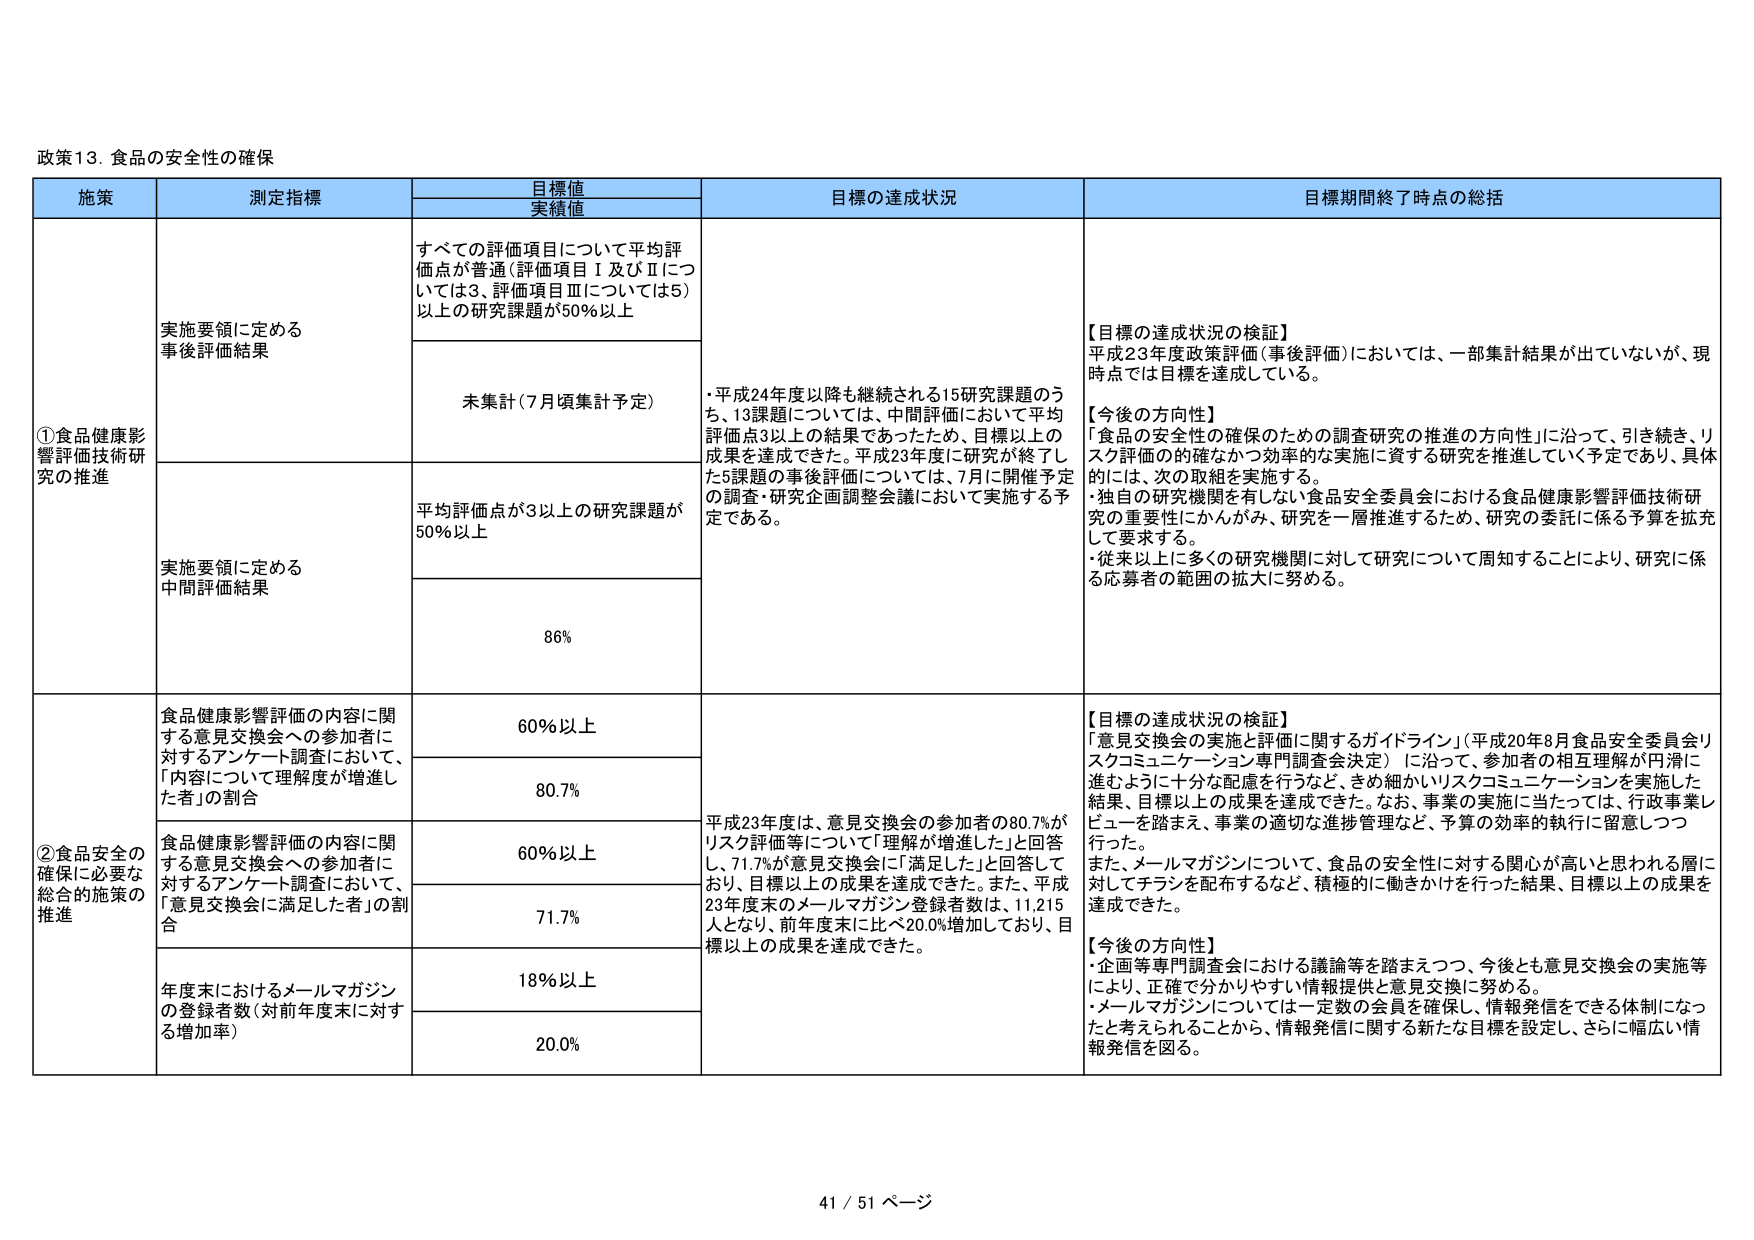
政策13. 食品の安全性の確保

施策	測定指標	目標値 実績値	目標の達成状況	目標期間終了時点の総括
①食品健康影響評価技術研究の推進	実施要領に定める 事後評価結果	すべての評価項目について平均評価点が普通（評価項目Ⅰ及びⅡについては3、評価項目Ⅲについては5）以上の研究課題が50％以上	・平成24年度以降も継続される15研究課題のうち、13課題については、中間評価において平均評価点3以上の結果であったため、目標以上の成果を達成できた。平成23年度に研究が終了した5課題の事後評価については、7月に開催予定の調査・研究企画調整会議において実施する予定である。	【目標の達成状況の検証】 平成23年度政策評価（事後評価）においては、一部集計結果が出ていないが、現時点では目標を達成している。 【今後の方針性】 「食品の安全性の確保のための調査研究の推進の方向性」に沿って、引き続き、リスク評価の的確なかつ効率的な実施に資する研究を推進していく予定であり、具体的には、次の取組を実施する。 ・独自の研究機関を有しない食品安全委員会における食品健康影響評価技術研究の重要性にかんがみ、研究を一層推進するため、研究の委託に係る予算を拡充して要求する。 ・従来以上に多くの研究機関に対して研究について周知することにより、研究に係る応募者の範囲の拡大に努める。
		未集計（7月頃集計予定）
		平均評価点が3以上の研究課題が50％以上
		86%
	実施要領に定める 中間評価結果
②食品安全の確保に必要な 総合的施策の推進	食品健康影響評価の内容に関する意見交換会への参加者に対するアンケート調査において、「内容について理解度が増進した者」の割合	60％以上	平成23年度は、意見交換会の参加者の80.7％がリスク評価等について「理解が増進した」と回答し、71.7％が意見交換会に「満足した」と回答しており、目標以上の成果を達成できた。また、平成23年度末のメールマガジン登録者数は、11,215人となり、前年度末に比べ20.0％増加しており、目標以上の成果を達成できた。	【目標の達成状況の検証】 「意見交換会の実施と評価に関するガイドライン」（平成20年8月食品安全委員会リスクコミュニケーション専門調査会決定）に沿って、参加者の相互理解が円滑に進むように十分な配慮を行うなど、きめ細かいリスクコミュニケーションを実施した結果、目標以上の成果を達成できた。なお、事業の実施に当たっては、行政事業レビューを踏まえ、事業の適切な進捗管理など、予算の効率的執行に留意しつつ行った。 また、メールマガジンについて、食品の安全性に対する関心が高いと思われる層に対してチラシを配布するなど、積極的に働きかけを行った結果、目標以上の成果を達成できた。 【今後の方針性】 ・企画等専門調査会における議論等を踏まえつつ、今後とも意見交換会の実施等により、正確で分かりやすい情報提供と意見交換に努める。 ・メールマガジンについては一定数の会員を確保し、情報発信をできる体制になったと考えられることから、情報発信に関する新たな目標を設定し、さらに幅広い情報発信を図る。
		80.7%
	食品健康影響評価の内容に関する意見交換会への参加者に対するアンケート調査において、「意見交換会に満足した者」の割合	60％以上		71.7%
	年度末におけるメールマガジンの登録者数（対前年度末に対する増加率）	18％以上		20.0%

41 / 51 ページ